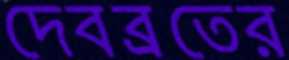
দেবব্রতের